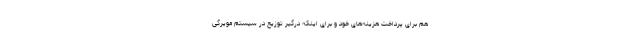
هم برای پرداخت هزینه‌های خود و برای اینکه درگیر توزیع در سیستم مویرگی